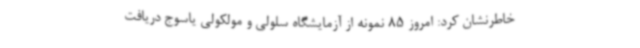
خاطرنشان کرد: امروز 85 نمونه از آزمایشگاه سلولی و مولکولی یاسوج دریافت